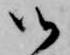
御